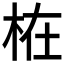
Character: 𣑊